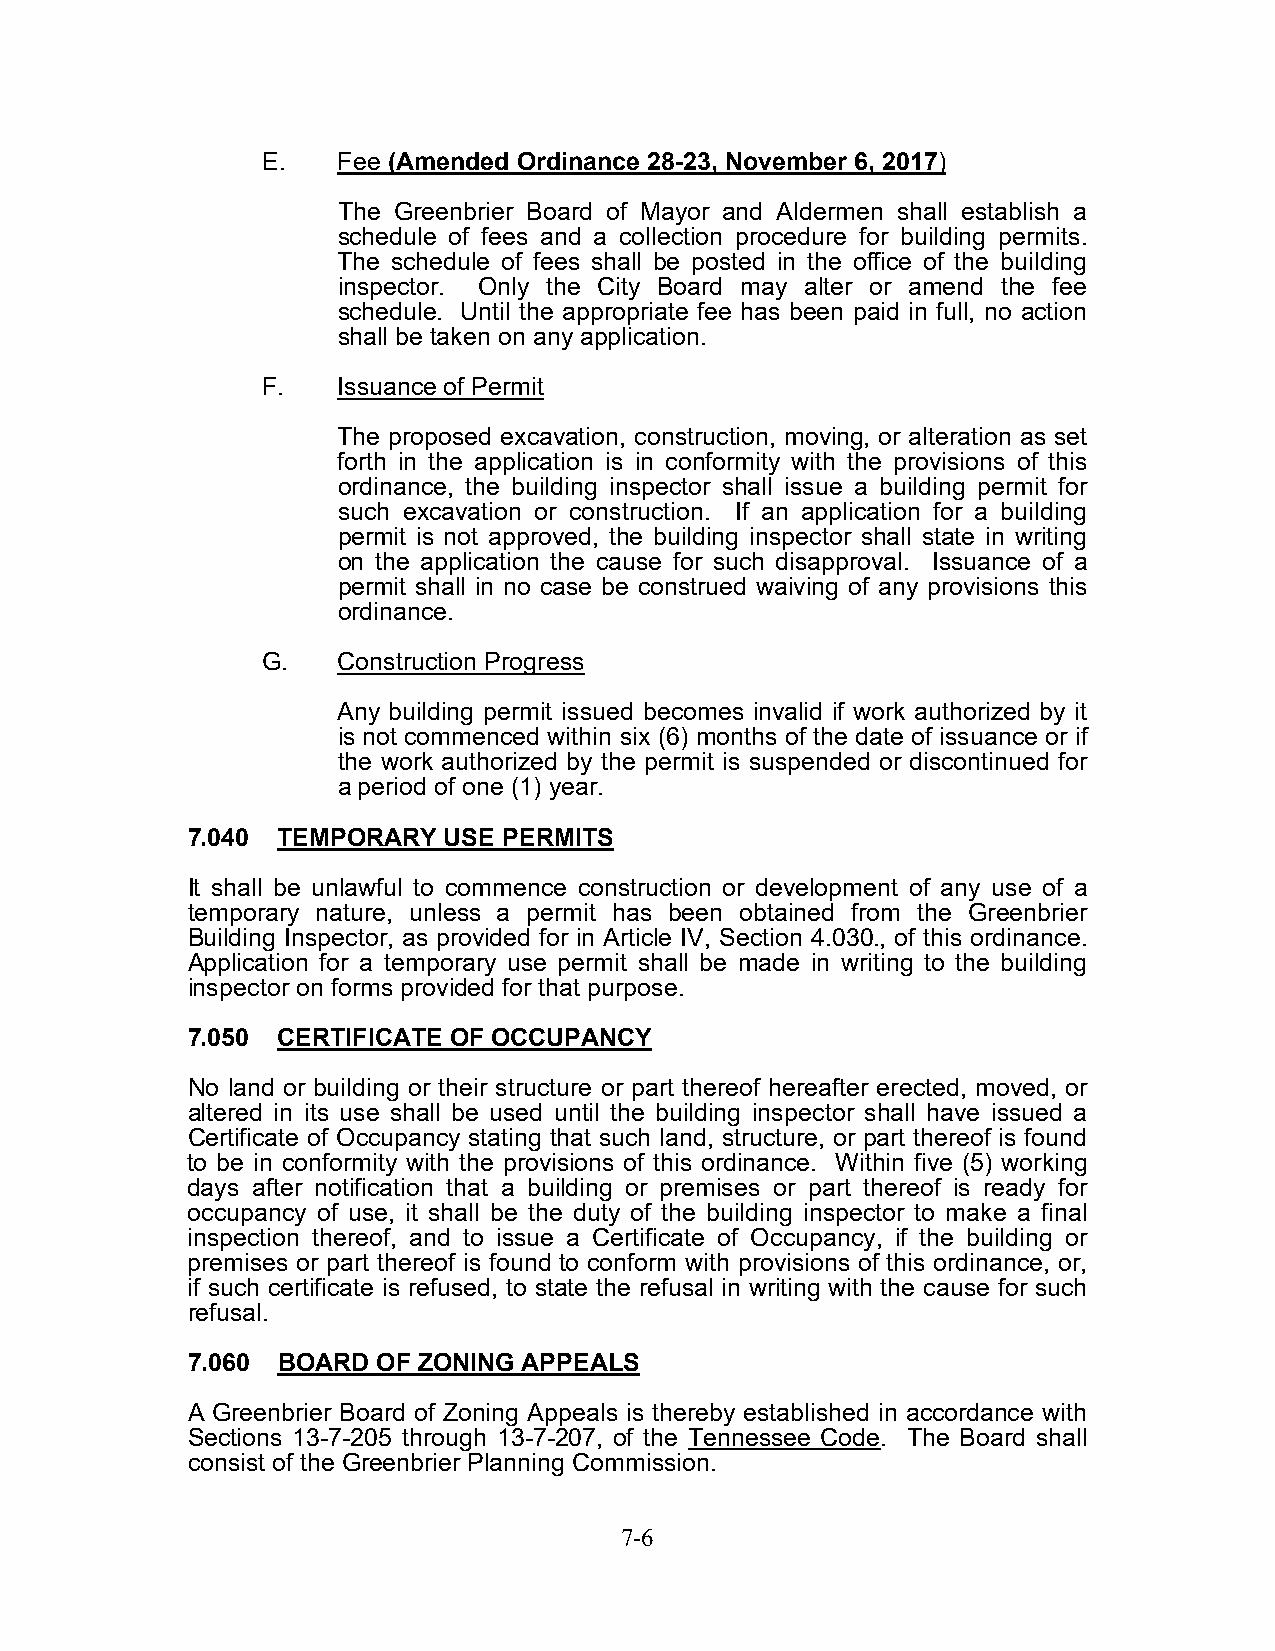
E.   Fee (Amended Ordinance 28-23, November 6, 2017)
 The Greenbrier Board of Mayor and Aldermen shall establish a
 schedule of fees and a collection procedure for building permits.
 The schedule of fees shall be posted in the office of the building
 inspector. Only the City Board may alter or amend the fee
 schedule. Until the appropriate fee has been paid in full, no action
 shall be taken on any application.
 F.   Issuance of Permit
 The proposed excavation, construction, moving, or alteration as set
 forth in the application is in conformity with the provisions of this
 ordinance, the building inspector shall issue a building permit for
 such excavation or construction. If an application for a building
 permit is not approved, the building inspector shall state in writing
 on the application the cause for such disapproval. Issuance of a
 permit shall in no case be construed waiving of any provisions this
 ordinance.
 G.   Construction Progress
 Any building permit issued becomes invalid if work authorized by it
 is not commenced within six (6) months of the date of issuance or if
 the work authorized by the permit is suspended or discontinued for
 a period of one (1) year.
 7.040 TEMPORARY  USE PERMITS
 It shall be unlawful to commence construction or development of any use of a
 temporary nature, unless a permit has been obtained from the Greenbrier
 Building Inspector, as provided for in Article IV, Section 4.030., of this ordinance.
 Application for a temporary use permit shall be made in writing to the building
 inspector on forms provided for that purpose.
 7.050 CERTIFICATE OF OCCUPANCY
 No land or building or their structure or part thereof hereafter erected, moved, or
 altered in its use shall be used until the building inspector shall have issued a
 Certificate of Occupancy stating that such land, structure, or part thereof is found
 to be in conformity with the provisions of this ordinance. Within five (5) working
 days after notification that a building or premises or part thereof is ready for
 occupancy of use, it shall be the duty of the building inspector to make a final
 inspection thereof, and to issue a Certificate of Occupancy, if the building or
 premises or part thereof is found to conform with provisions of this ordinance, or,
 if such certificate is refused, to state the refusal in writing with the cause for such
 refusal.
 7.060 BOARD  OF ZONING APPEALS
 A Greenbrier Board of Zoning Appeals is thereby established in accordance with
 Sections 13-7-205 through 13-7-207, of the Tennessee Code. The Board shall
 consist of the Greenbrier Planning Commission.
 7-6